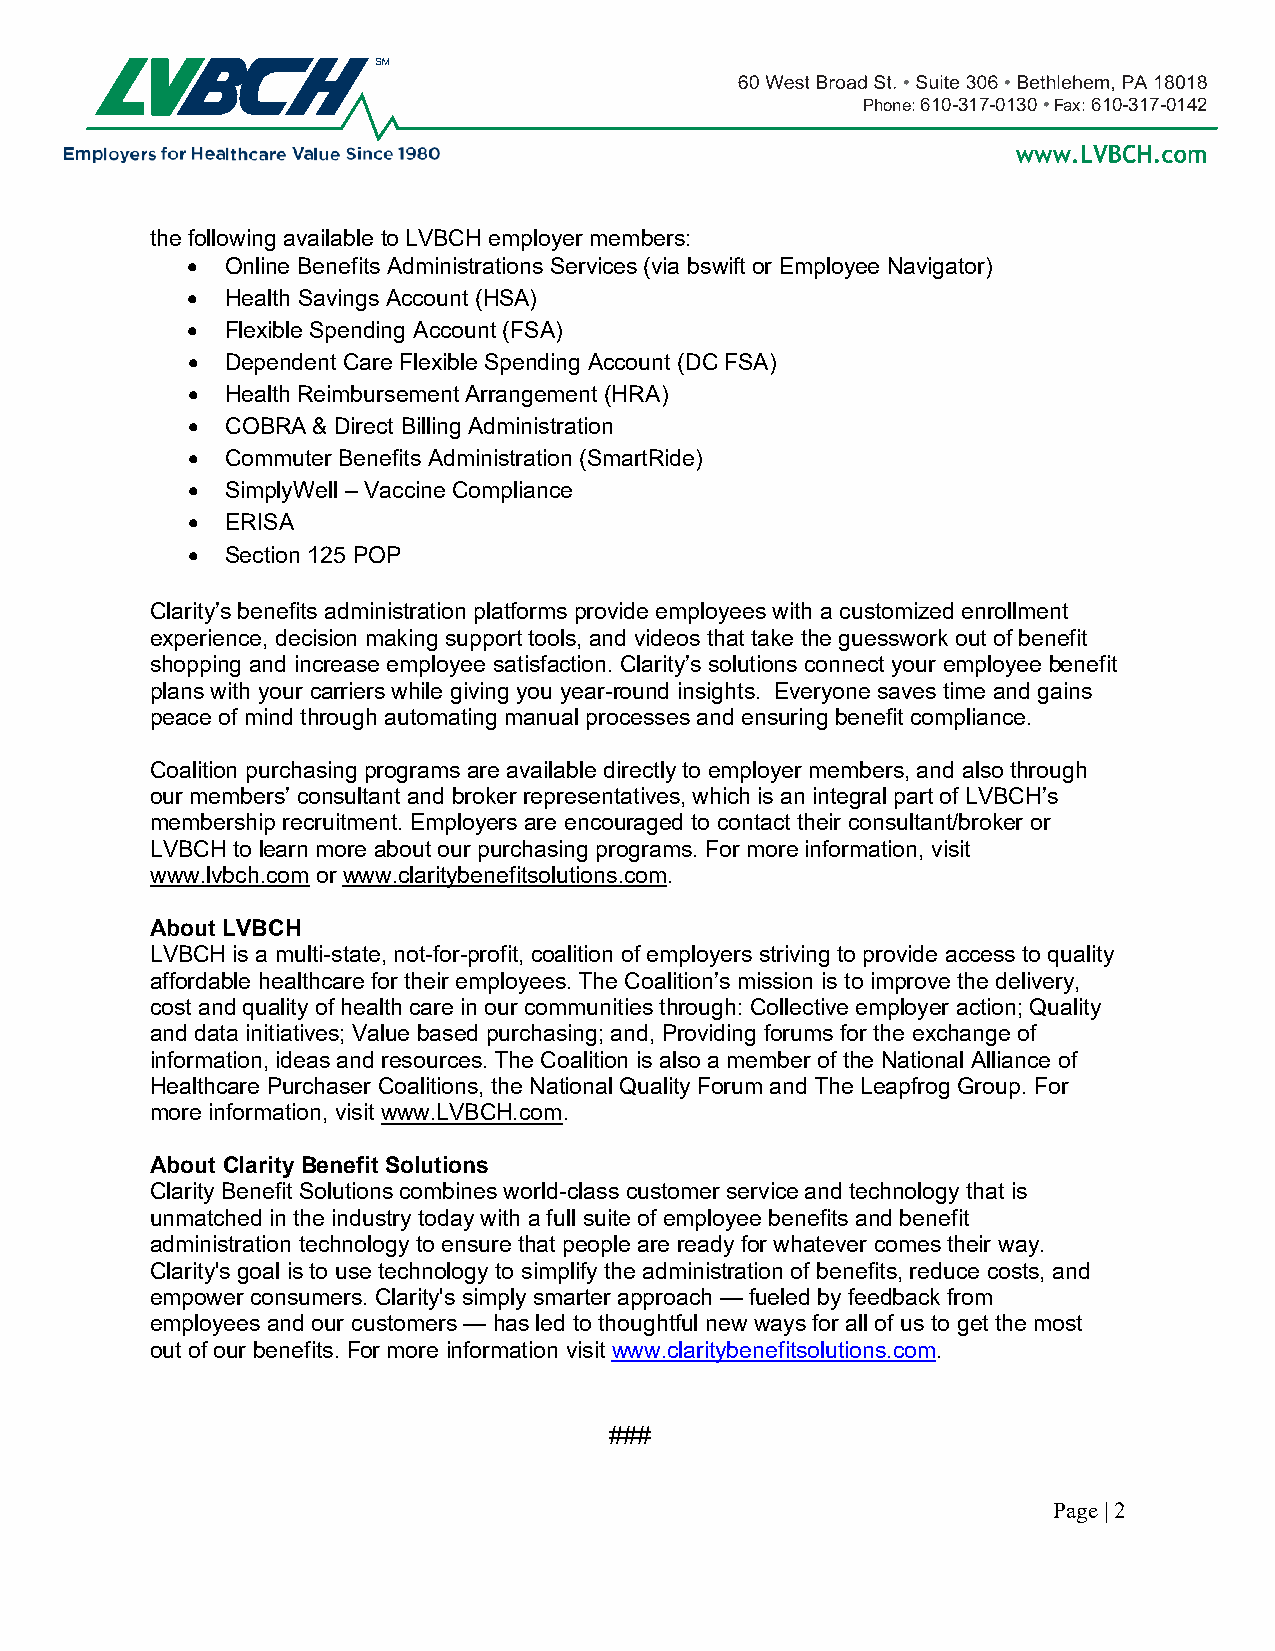
Phone: 610-317-0130 • Fax: 610-317-0142
 the following available to LVBCH employer members:
 •  Online Benefits Administrations Services (via bswift or Employee Navigator)
 •  Health Savings Account (HSA)
 •  Flexible Spending Account (FSA)
 •  Dependent Care Flexible Spending Account (DC FSA)
 •  Health Reimbursement Arrangement (HRA)
 •  COBRA & Direct Billing Administration
 •  Commuter Benefits Administration (SmartRide)
 •  SimplyWell – Vaccine Compliance
 •  ERISA
 •  Section 125 POP
 Clarity’s benefits administration platforms provide employees with a customized enrollment
 experience, decision making support tools, and videos that take the guesswork out of benefit
 shopping and increase employee satisfaction. Clarity’s solutions connect your employee benefit
 plans with your carriers while giving you year-round insights. Everyone saves time and gains
 peace of mind through automating manual processes and ensuring benefit compliance.
 Coalition purchasing programs are available directly to employer members, and also through
 our members’ consultant and broker representatives, which is an integral part of LVBCH’s
 membership recruitment. Employers are encouraged to contact their consultant/broker or
 LVBCH to learn more about our purchasing programs. For more information, visit
 www.lvbch.com or www.claritybenefitsolutions.com.
 About LVBCH
 LVBCH is a multi-state, not-for-profit, coalition of employers striving to provide access to quality
 affordable healthcare for their employees. The Coalition’s mission is to improve the delivery,
 cost and quality of health care in our communities through: Collective employer action; Quality
 and data initiatives; Value based purchasing; and, Providing forums for the exchange of
 information, ideas and resources. The Coalition is also a member of the National Alliance of
 Healthcare Purchaser Coalitions, the National Quality Forum and The Leapfrog Group. For
 more information, visit www.LVBCH.com.
 About Clarity Benefit Solutions
 Clarity Benefit Solutions combines world-class customer service and technology that is
 unmatched in the industry today with a full suite of employee benefits and benefit
 administration technology to ensure that people are ready for whatever comes their way.
 Clarity's goal is to use technology to simplify the administration of benefits, reduce costs, and
 empower consumers. Clarity's simply smarter approach — fueled by feedback from
 employees and our customers — has led to thoughtful new ways for all of us to get the most
 out of our benefits. For more information visit www.claritybenefitsolutions.com.
 ###
 Page | 2